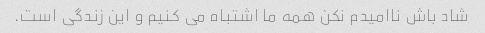
شاد باش ناامیدم نکن همه ما اشتباه می کنیم و این زندگی است.